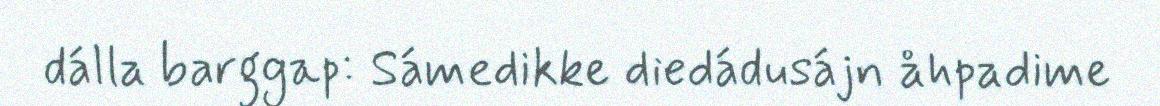
dálla barggap: Sámedikke diedádusájn åhpadime